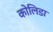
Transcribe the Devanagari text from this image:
कोलिडा